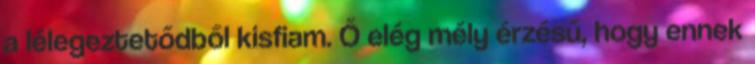
a lélegeztetődből kisfiam. Ő elég mély érzésű, hogy ennek